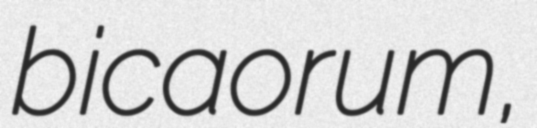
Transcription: bicaorum,